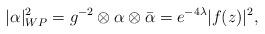
LaTeX: \begin{align*} |\alpha|_{WP}^2=g^{-2}\otimes \alpha\otimes \bar{\alpha}=e^{-4\lambda}|f(z)|^2, \end{align*}